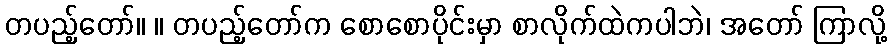
တပည့်တော်။ ။ တပည့်တော်က စောစောပိုင်းမှာ စာလိုက်ထဲကပါဘဲ၊ အတော် ကြာလို့